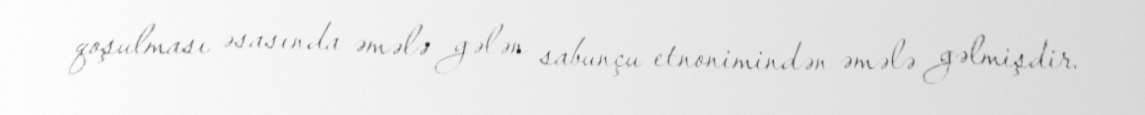
qoşulması əsasında əmələ gələn sabunçu etnonimindən əmələ gəlmişdir.